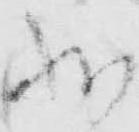
状